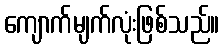
ကျောက်မျက်လုံးဖြစ်သည်။